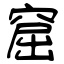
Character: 窟